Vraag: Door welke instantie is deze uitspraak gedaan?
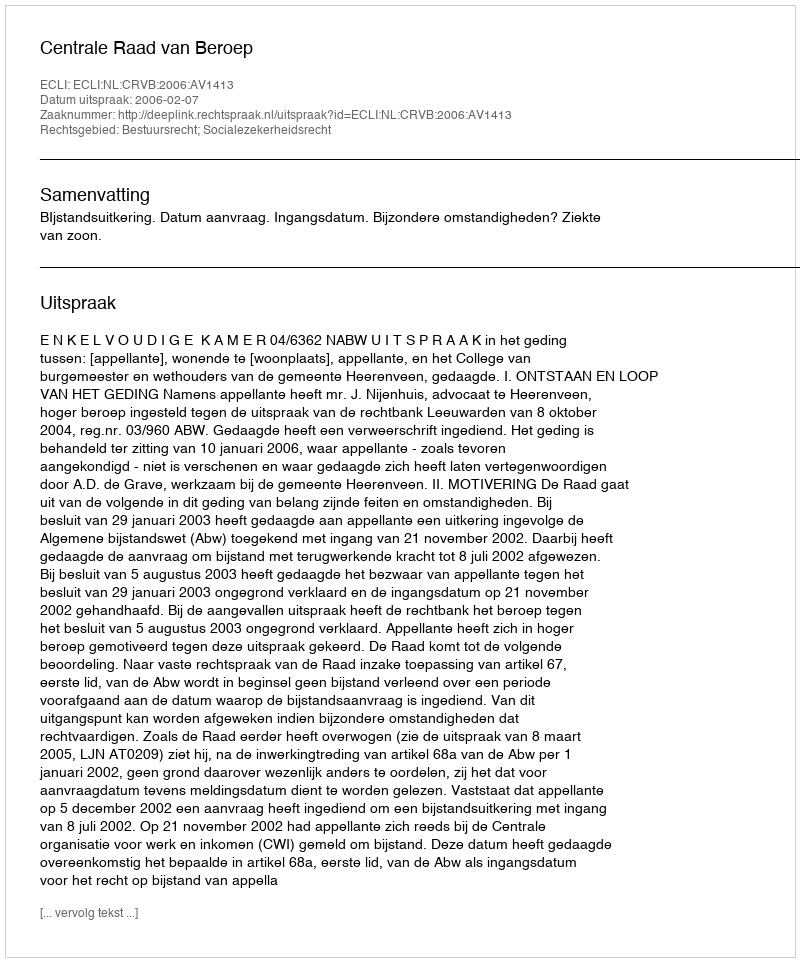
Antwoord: Centrale Raad van Beroep